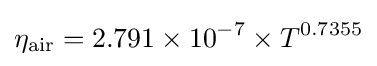
\eta _{\text{air}}=2.791\times 10^{-7}\times T^{0.7355}